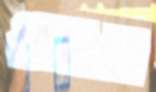
প্রদেয়